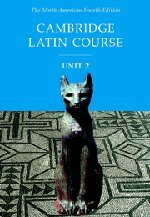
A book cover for Cambridge Latin Course, Unit 2: The North American, 4th Edition (North American Cambridge Latin Course) (English and Latin Edition); North American Cambridge Classics Project; Children's Books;